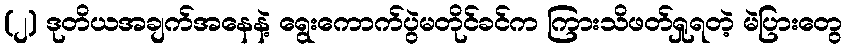
(၂) ဒုတိယအချက်အနေနဲ့ ရွေးကောက်ပွဲမတိုင်ခင်က ကြားသိဖတ်ရှုရတဲ့ မဲပြားတွေ